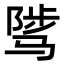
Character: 骘